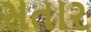
સતાર